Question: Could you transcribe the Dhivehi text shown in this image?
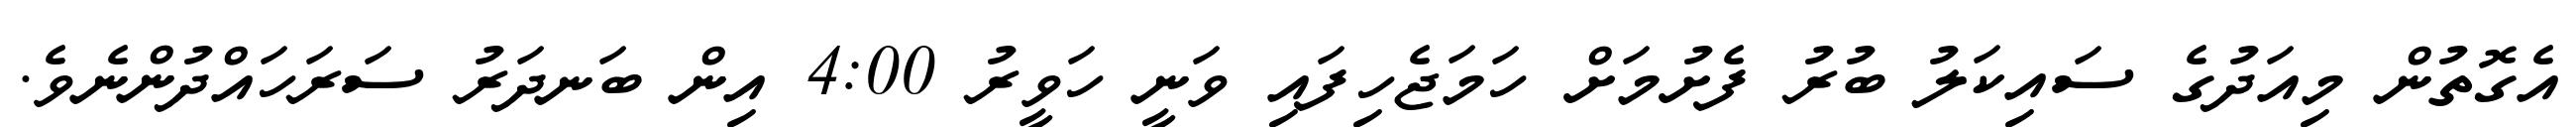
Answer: އެގޮތުން މިއަދުގެ ސައިކަލު ބުރު ފެށުމަށް ހަމަޖެހިފައި ވަނީ ހަވީރު 4:00 އިން ބަނދަރު ސަރަހައްދުންނެވެ.